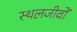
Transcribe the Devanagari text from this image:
स्थलजीवों